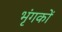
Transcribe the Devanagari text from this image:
भृंगकों